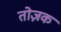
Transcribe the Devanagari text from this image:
तोज़क